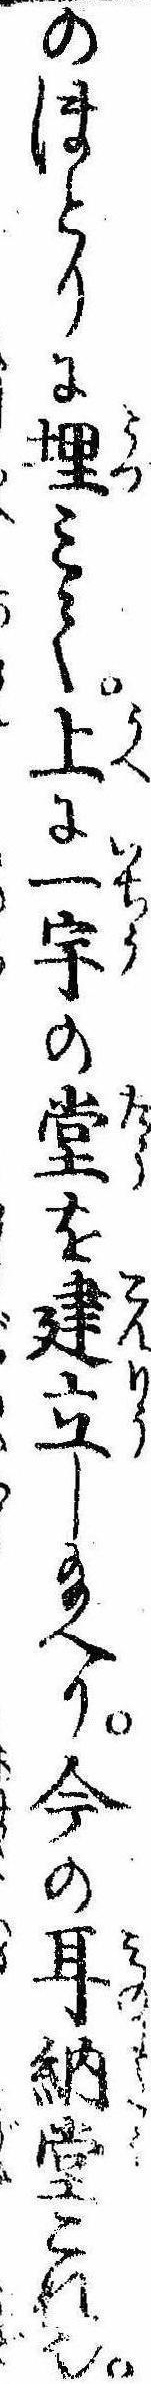
のほとりに埋みて上に一宇の堂を建立し給へり今の耳納堂これ也